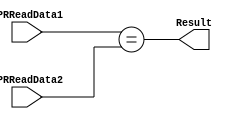
`timescale 1ns / 1ns
//////////////////////////////////////////////////////////////////////////////////
// Company: 
// Engineer: 
// 
// Design Name: 
// Module Name: equal
// Project Name: 
// Target Devices: 
// Tool Versions: 
// Description: 
// 
// Dependencies: 
// 
// Revision:
// Revision 0.01 - File Created
// Additional Comments:
// 
//////////////////////////////////////////////////////////////////////////////////


module Equal(GPRReadData1,GPRReadData2,Result);
input [31:0] GPRReadData1,GPRReadData2;
output Result;
assign Result=(GPRReadData1==GPRReadData2);
endmodule

module CMP(CMPOperand1,CMPOperand2,CMPOperation,result);
input [31:0] CMPOperand1,CMPOperand2;
input [2:0]CMPOperation;
output reg result;
initial begin
    result=0;
end
always@(CMPOperand1 or CMPOperand2 or CMPOperation)
begin
    case(CMPOperation)
    3'b000:result=(CMPOperand1==CMPOperand2);
    3'b001:result=(CMPOperand1!=CMPOperand2);
    3'b010:result=($signed(CMPOperand1)>0);
    3'b011:result=($signed(CMPOperand1)>=0);
    4'b100:result=($signed(CMPOperand1)<0);
    4'b101:result=($signed(CMPOperand1)<=0);
    endcase
end
endmodule